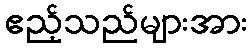
ဧည့်သည်များအား